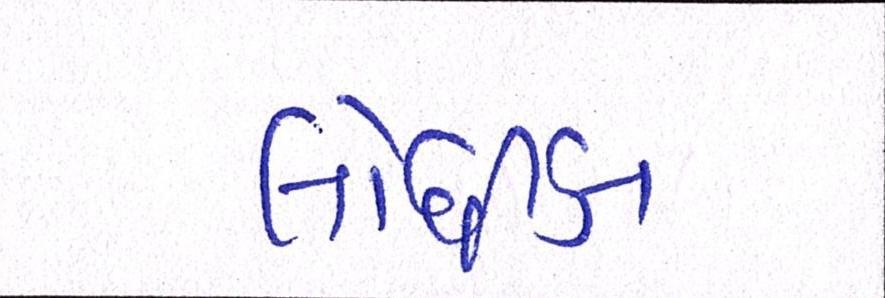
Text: લોધીકા